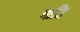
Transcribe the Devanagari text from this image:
माति